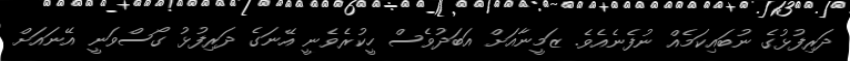
ދަރިފުޅުގެ ނުބައިކަމެއް ނުފެނެއެވެ. ޒަމީނާއަށް އަބަދުވެސް ހީކުރެވެނީ އޭނަގެ ދަރިފުޅު ގޯސްވަނީ އޭނައަށް